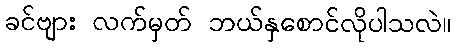
ခင်ဗျား လက်မှတ် ဘယ်နှစောင်လိုပါသလဲ။